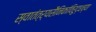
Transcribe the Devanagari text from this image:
स्वातंत्र्यसैनिकांविरुद्धच्या